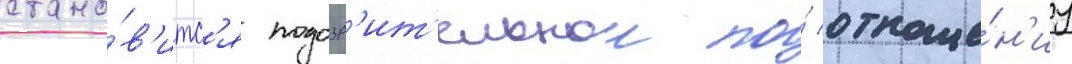
стано́в'итс'я подозр'ит'ельнои по́ отноше́н'иу